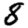
Digit: 8